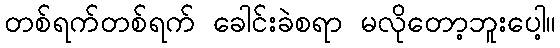
တစ်ရက်တစ်ရက် ခေါင်းခဲစရာ မလိုတော့ဘူးပေါ့။